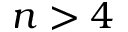
n > 4